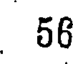
56